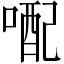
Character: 𪡭